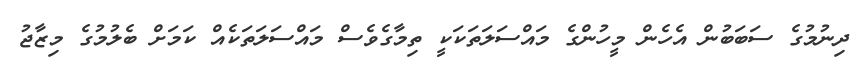
ދިނުމުގެ ސަބަބުން އެހެން މީހުންގެ މައްސަލަތަކަކީ ތިމާގެވެސް މައްސަލަތަކެއް ކަމަށް ބެލުމުގެ މިޒާޖު